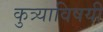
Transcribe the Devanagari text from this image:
कुत्र्याविषयी